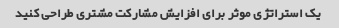
یک استراتژی موثر برای افزایش مشارکت مشتری طراحی کنید